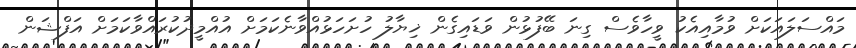
މައްސަލައަކަށް ވުމާއިއެކު ވީހާވެސް ގިނަ ބޭފުޅުން ވަޑައިގެން ޚިޔާލު ހުށަހަޅުއްވާނެކަމަށް އުއްމީދުކުރައްވާކަމަށް އަފްޝަން